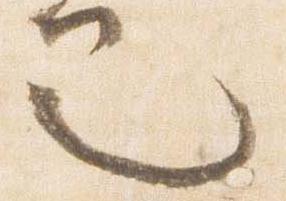
也